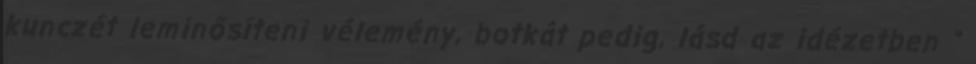
kunczét leminősíteni vélemény, botkát pedig, lásd az idézetben ”